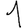
Digit: 1